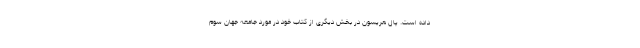
داده است. پال هریسون در بخش دیگری از کتاب خود در مورد جامعه جهان سوم